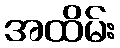
အထိမ်း